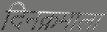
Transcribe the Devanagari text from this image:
दिनक्रमाला